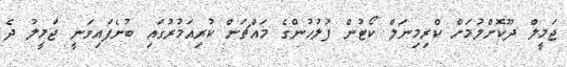
ޖަމީލް ދޫކޮށްލުމަށް ކްރިމިނަލް ކޯޓުން ފުލުހުންގެ މައްޗަށް ކުރިއަމުރުގައި ބުނެފައިވަނީ ޖަމީލު ދެ